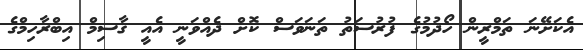
އެކަށޭނަ ތަމްރީން ހޯދުމުގެ ފުރުސަތު ތަނަވަސް ކޮށް ދެއްވަނީ އެއީ ޤާސިމް އިބްރާހިމްގެ